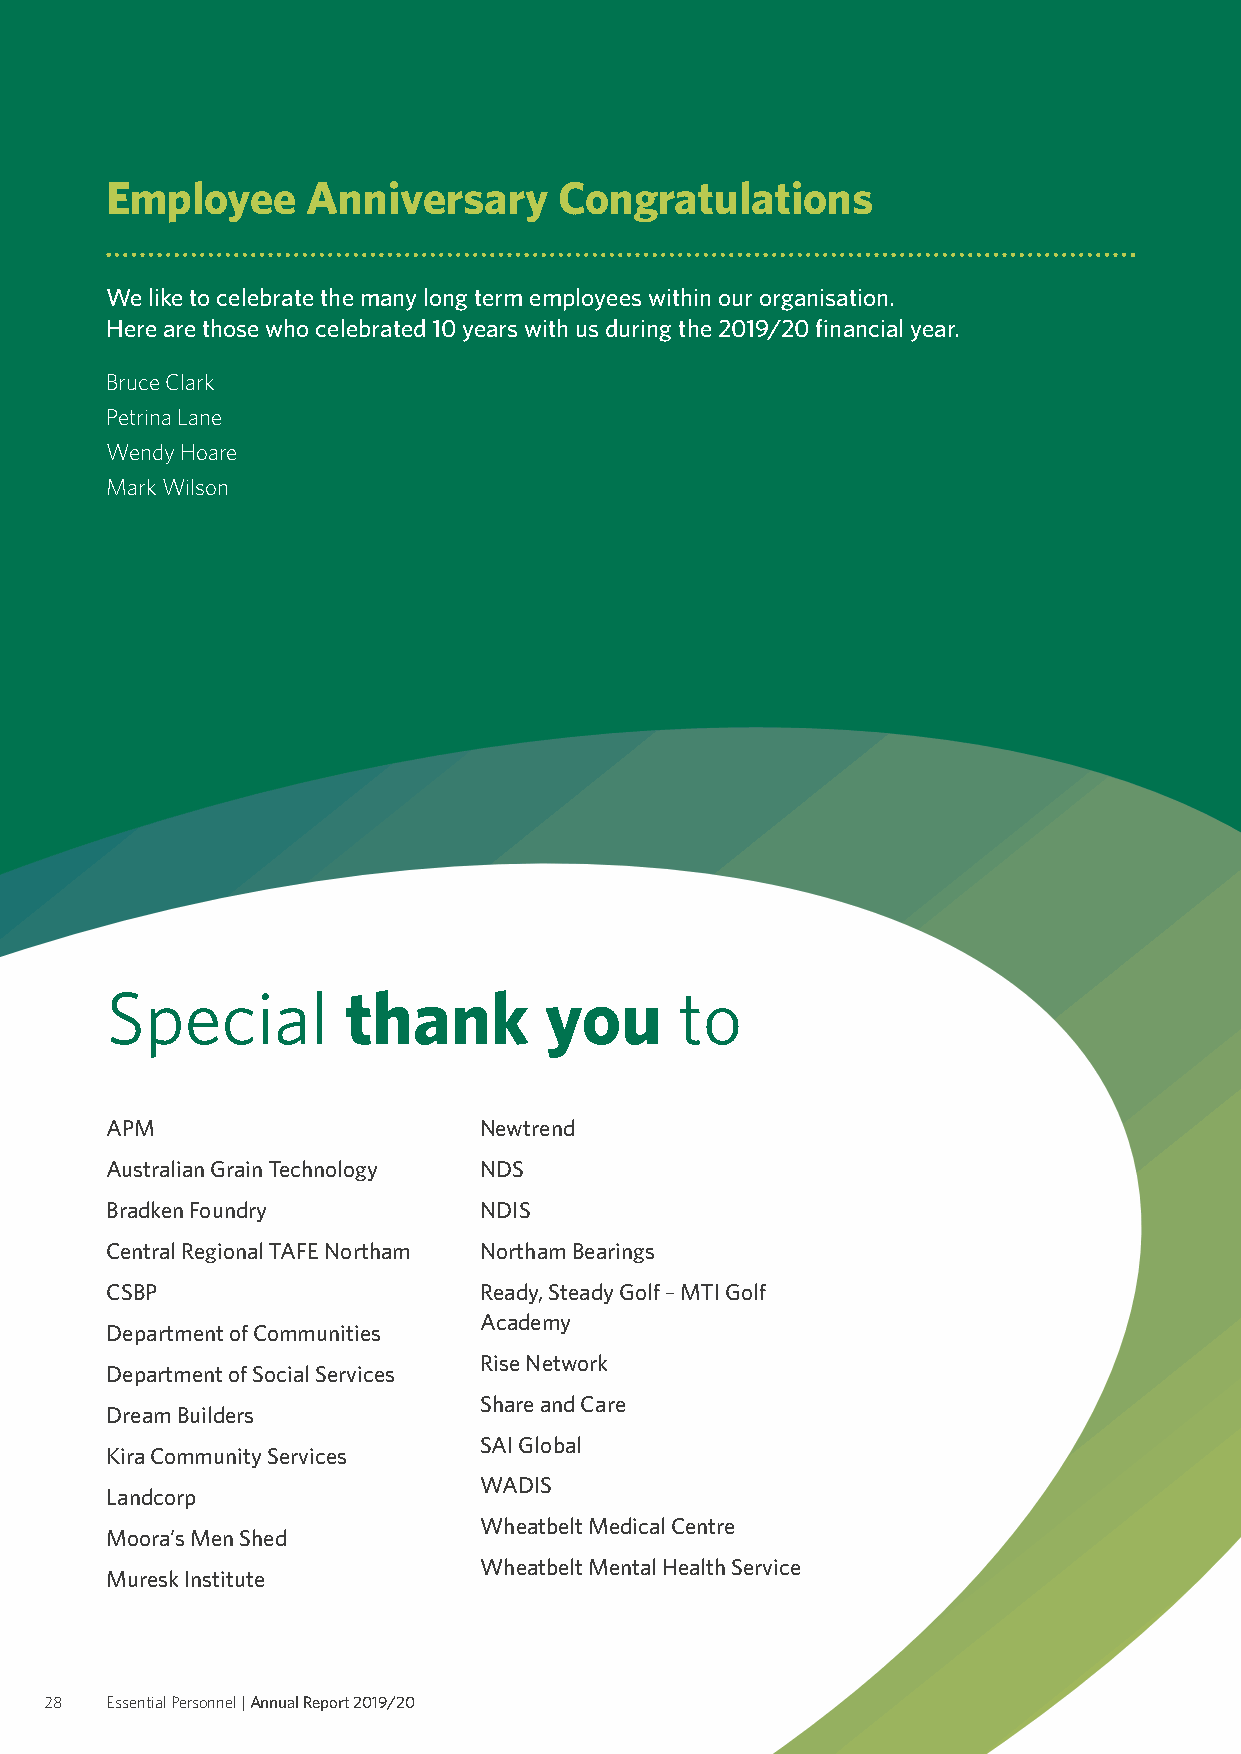
Employee     Anniversary      Congratulations
 We like to celebrate the many long term employees within our organisation.
 Here are those who celebrated 10 years with us during the 2019/20 financial year.
 Bruce Clark
 Petrina Lane
 Wendy Hoare
 Mark Wilson
 Special.thank                you.to.
 APM                      Newtrend
 Australian Grain Technology NDS
 Bradken Foundry          NDIS
 Central Regional TAFE Northam Northam Bearings
 CSBP                     Ready, Steady Golf – MTI Golf
 Academy
 Department of Communities
 Rise Network
 Department of Social Services
 Share and Care
 Dream Builders
 SAI Global
 Kira Community Services
 WADIS
 Landcorp
 Wheatbelt Medical Centre
 Moora’s Men Shed
 Wheatbelt Mental Health Service
 Muresk Institute
 28  Essential Personnel | Annual Report 2019/20